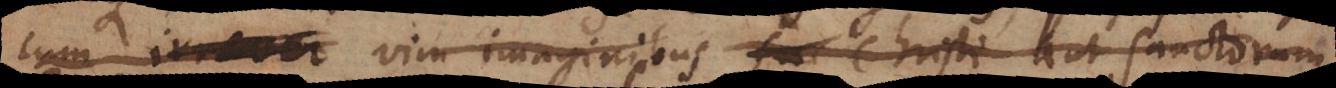
cum irrever vim imaginibus fac Christi aut Sanctorum